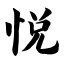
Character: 悦